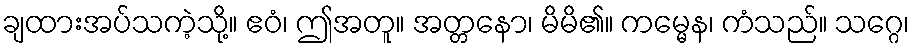
ချထားအပ်သကဲ့သို့။ ဧဝံ၊ ဤအတူ။ အတ္တနော၊ မိမိ၏။ ကမ္မေန၊ ကံသည်။ သဂ္ဂေ၊